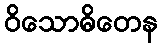
ဝိသောဓိတေန